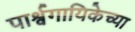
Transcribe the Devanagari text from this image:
पार्श्वगायिकेच्या